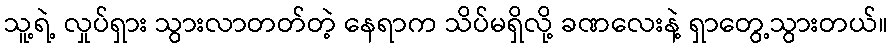
သူ့ရဲ့ လှုပ်ရှား သွားလာတတ်တဲ့ နေရာက သိပ်မရှိလို့ ခဏလေးနဲ့ ရှာတွေ့သွားတယ်။